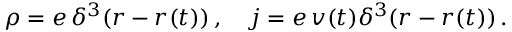
\rho = e \, \delta ^ { 3 } ( \boldsymbol { r } - \boldsymbol { r } ( t ) ) \, , \quad \boldsymbol { j } = e \, \boldsymbol { v } ( t ) \delta ^ { 3 } ( \boldsymbol { r } - \boldsymbol { r } ( t ) ) \, .